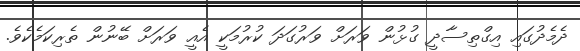
ދެމެދުގައި އިގްތިސާދީ ގުޅުން ވަރަށް ވަރުގަދަ ކުރުމަކީ އެއީ ވަރަށް ބޭނުން ތެރިކަމެކެވެ.